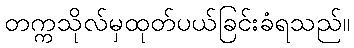
တက္ကသိုလ်မှထုတ်ပယ်ခြင်းခံရသည်။